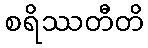
စရိဿတီတိ